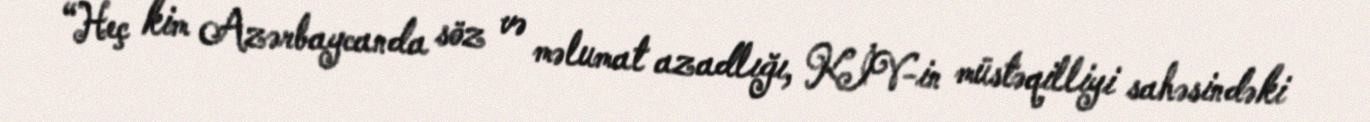
“Heç kim Azərbaycanda söz və məlumat azadlığı, KİV-in müstəqilliyi sahəsindəki